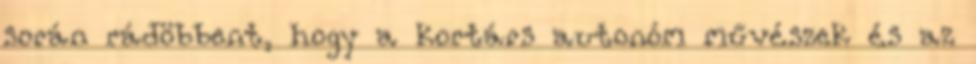
során rádöbbent, hogy a kortárs autonóm művészek és az